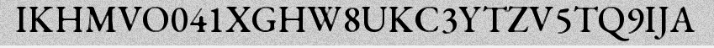
IKHMVO041XGHW8UKC3YTZV5TQ9IJA